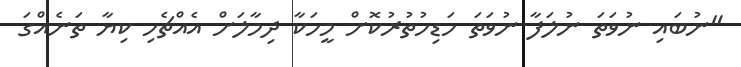
"ނުބައި ނުވަތަ ނުލަފާ ނުވަތަ ހަޑިހުތުރުކޮށް މީހަކާ ދިމާލަށް އެއްޗެހި ކިޔާ ތަނެއްގަ